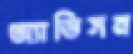
অ্যাডিসন